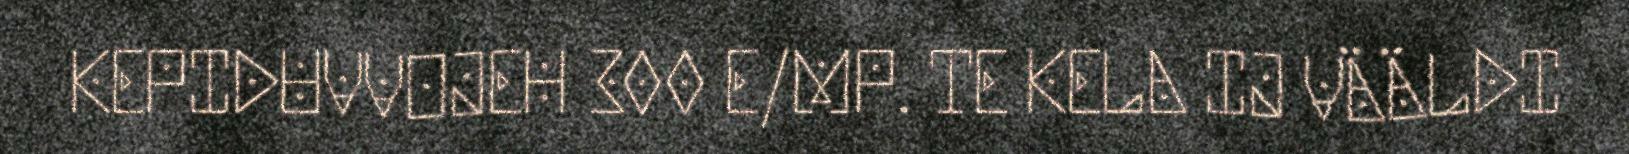
KEPIDUVVOJEH 300 E/MP. TE KELA IJ VÄÄLDI